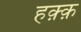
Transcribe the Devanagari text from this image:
हक़्क़